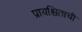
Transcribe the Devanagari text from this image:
प्रायश्चिताची